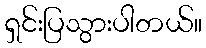
ရှင်းပြသွားပါတယ်။